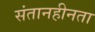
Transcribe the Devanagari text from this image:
संतानहीनता